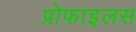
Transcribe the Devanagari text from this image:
प्रोफाइलस